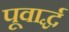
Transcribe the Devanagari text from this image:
पूवार्द्ध